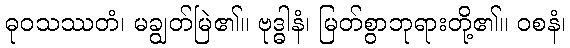
ဓုဝသဿတံ၊ မချွတ်မြဲ၏။ ဗုဒ္ဓါနံ၊ မြတ်စွာဘုရားတို့၏။ ဝစနံ၊